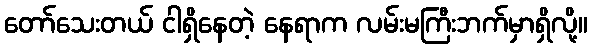
တော်သေးတယ် ငါရှိနေတဲ့ နေရာက လမ်းမကြီးဘက်မှာရှိလို့။